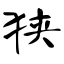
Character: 狭